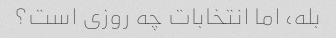
بله، اما انتخابات چه روزی است؟